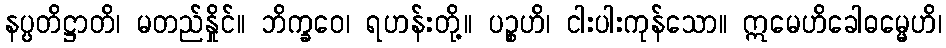
နပ္ပတိဋ္ဌာတိ၊ မတည်နှိုင်။ ဘိက္ခဝေ၊ ရဟန်းတို့။ ပဉ္စဟိ၊ ငါးပါးကုန်သော။ ဣမေဟိခေါဓမ္မေဟိ၊